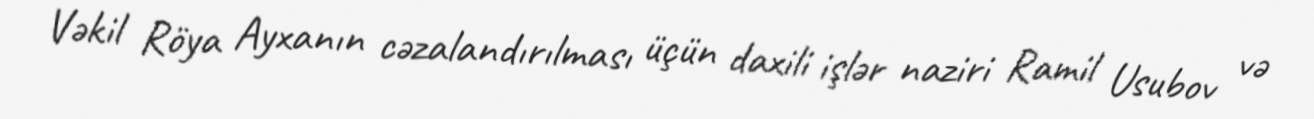
Vəkil Röya Ayxanın cəzalandırılması üçün daxili işlər naziri Ramil Usubov və